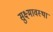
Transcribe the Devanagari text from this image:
सुक्ष्मावस्था